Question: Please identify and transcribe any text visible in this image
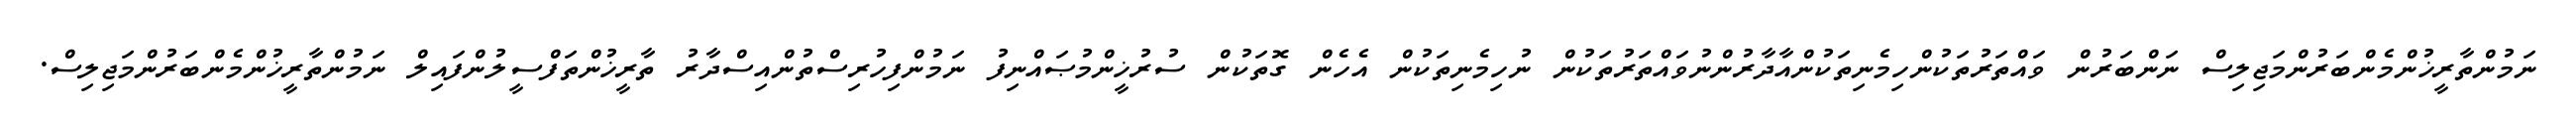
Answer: ނަމުންތާރީޚުންމެންބަރުންމަޖިލިސް ނަންބަރުން ވައްތަރުތަކުންހިމެނިތަކުންއާދާރުންނުވައްތަރުތަކުން ނުހިމެނިތަކުން އެހެން ގޮތަކުން ސުރުޚީންމުޞައްނިފު ނަމުންފިހުރިސްތުންއިސްދާރު ތާރީޚުންތަފްސީލުންފައިލް ނަމުންތާރީޚުންމެންބަރުންމަޖިލިސް.